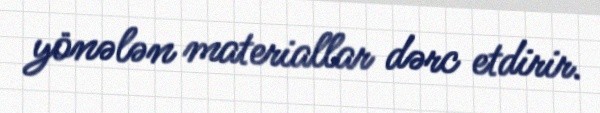
yönələn materiallar dərc etdirir.